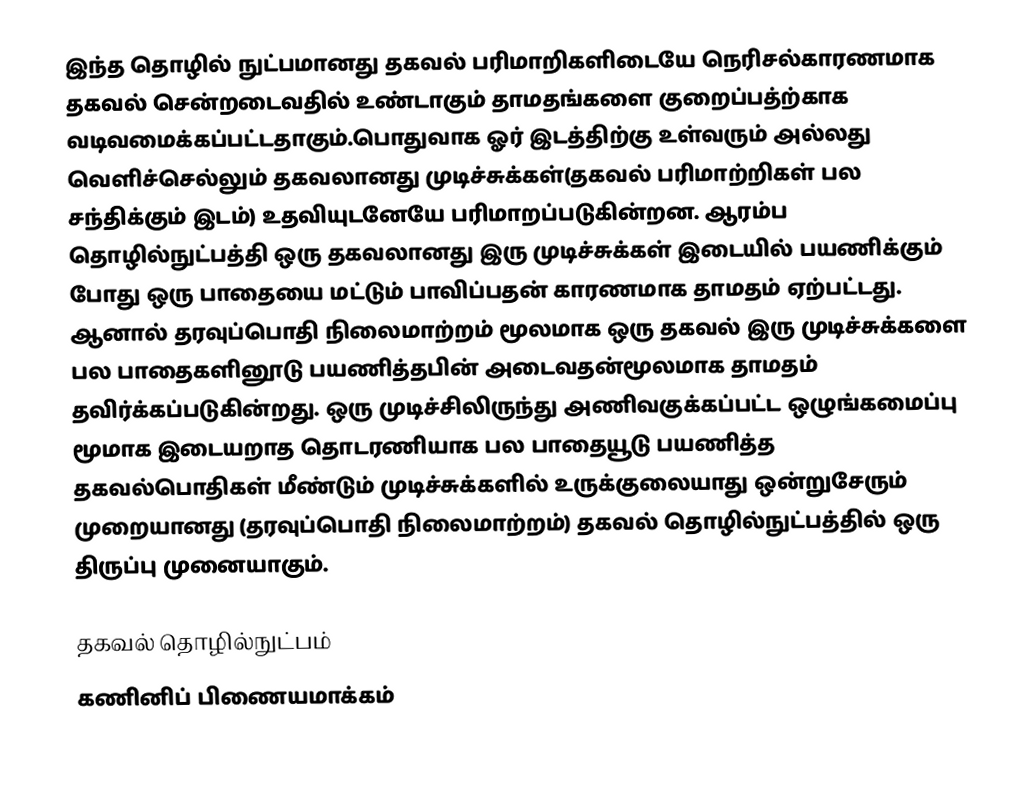
இந்த தொழில் நுட்பமானது தகவல் பரிமாறிகளிடையே  நெரிசல்காரணமாக தகவல் சென்றடைவதில் உண்டாகும் தாமதங்களை குறைப்பத்ற்காக வடிவமைக்கப்பட்டதாகும்.பொதுவாக ஓர் இடத்திற்கு உள்வரும் அல்லது வெளிச்செல்லும் தகவலானது முடிச்சுக்கள்(தகவல் பரிமாற்றிகள் பல சந்திக்கும் இடம்) உதவியுடனேயே பரிமாறப்படுகின்றன. ஆரம்ப தொழில்நுட்பத்தி ஒரு தகவலானது இரு முடிச்சுக்கள் இடையில் பயணிக்கும் போது ஒரு பாதையை மட்டும் பாவிப்பதன் காரணமாக தாமதம் ஏற்பட்டது. ஆனால் தரவுப்பொதி நிலைமாற்றம் மூலமாக ஒரு தகவல் இரு முடிச்சுக்களை பல பாதைகளினூடு பயணித்தபின் அடைவதன்மூலமாக தாமதம் தவிர்க்கப்படுகின்றது. ஒரு முடிச்சிலிருந்து அணிவகுக்கப்பட்ட ஒழுங்கமைப்பு மூமாக இடையறாத தொடரணியாக பல பாதையூடு பயணித்த தகவல்பொதிகள் மீண்டும் முடிச்சுக்களில் உருக்குலையாது ஒன்றுசேரும் முறையானது (தரவுப்பொதி நிலைமாற்றம்) தகவல் தொழில்நுட்பத்தில் ஒரு திருப்பு முனையாகும்.

தகவல் தொழில்நுட்பம்
கணினிப் பிணையமாக்கம்